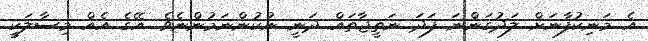
އެ މަނިކުފާނަށް ލަދުގަންނަ ފަދަ ނަތީޖާތައް ދަނީ ނުކުންނަމުންނެވެ. އޭގެ އެއް މިސާލަކީ